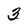
Character: 3